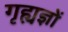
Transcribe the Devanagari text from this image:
गृह्यज्ञों